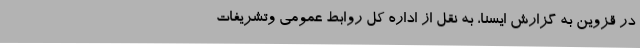
در قزوین به گزارش ایسنا، به نقل از اداره کل روابط عمومی وتشریفات